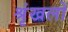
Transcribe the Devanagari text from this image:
श्रृंखलों